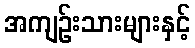
အကျဉ်းသားများနှင့်